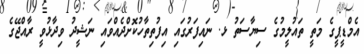
އެމްޑީޕީގެ މަތީ ތައުލީމުގެ ސިޔާސަތު ޅ. ނައިފަރުގައި އިފުތިތާހުކޮށްދެއްވައި ނަޝީދު ވިދާޅުވީ ރާއްޖޭގެ